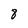
Character: 8